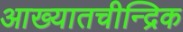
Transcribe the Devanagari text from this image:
आख्यातचीन्द्रिक